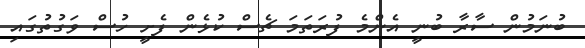
ބުނަމުން ސާރާ ބުނީ އެންމެ ފުރަތަމަ ޗެސް ކުޅެން ފެށީ ހުސް ވަގުތުގައި